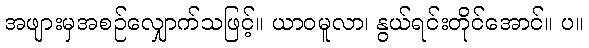
အဖျားမှအစဉ်လျှောက်သဖြင့်။ ယာဝမူလာ၊ နွယ်ရင်းတိုင်အောင်။ ပ။